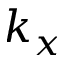
k _ { x }